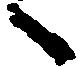
へ